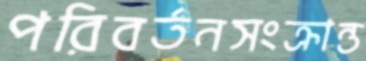
পরিবর্তনসংক্রান্ত